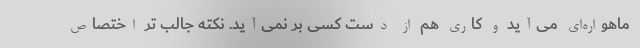
ماهواره‌ای می‌آید و کاری هم از دست کسی بر نمی‌آید. نکته جالب تر اختصاص